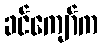
ခင်ကျော်က